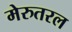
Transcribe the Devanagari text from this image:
मेरुतरल